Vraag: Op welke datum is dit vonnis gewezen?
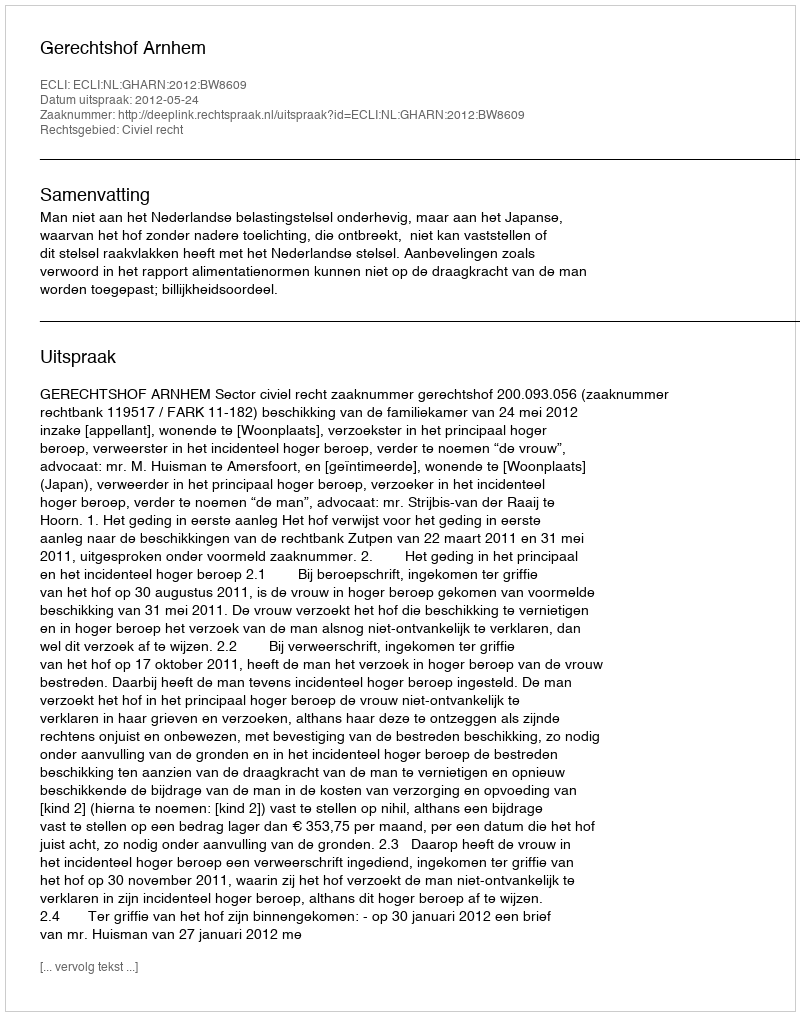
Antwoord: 2012-05-24